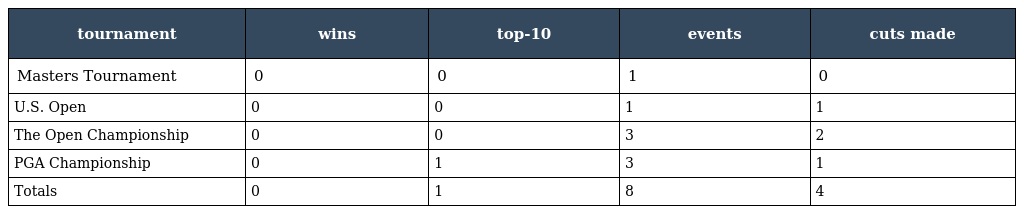
| tournament | wins | top-10 | events | cuts made |
 | --- | --- | --- | --- | --- |
 | Masters Tournament | 0 | 0 | 1 | 0 |
 | U.S. Open | 0 | 0 | 1 | 1 |
 | The Open Championship | 0 | 0 | 3 | 2 |
 | PGA Championship | 0 | 1 | 3 | 1 |
 | Totals | 0 | 1 | 8 | 4 |